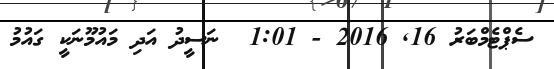
ސެޕްޓެމްބަރު 16